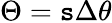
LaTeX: \Theta=\mathtt{s}\Delta\theta